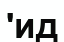
'ид